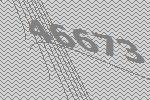
46673